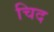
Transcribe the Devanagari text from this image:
चिद